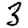
Digit: 3